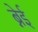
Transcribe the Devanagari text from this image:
ब्नेई